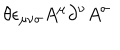
LaTeX: \theta \epsilon _ { \mu \nu \sigma } A ^ { \mu } \partial ^ { \nu } A ^ { \sigma }